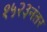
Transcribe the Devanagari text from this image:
१५२३नंतर